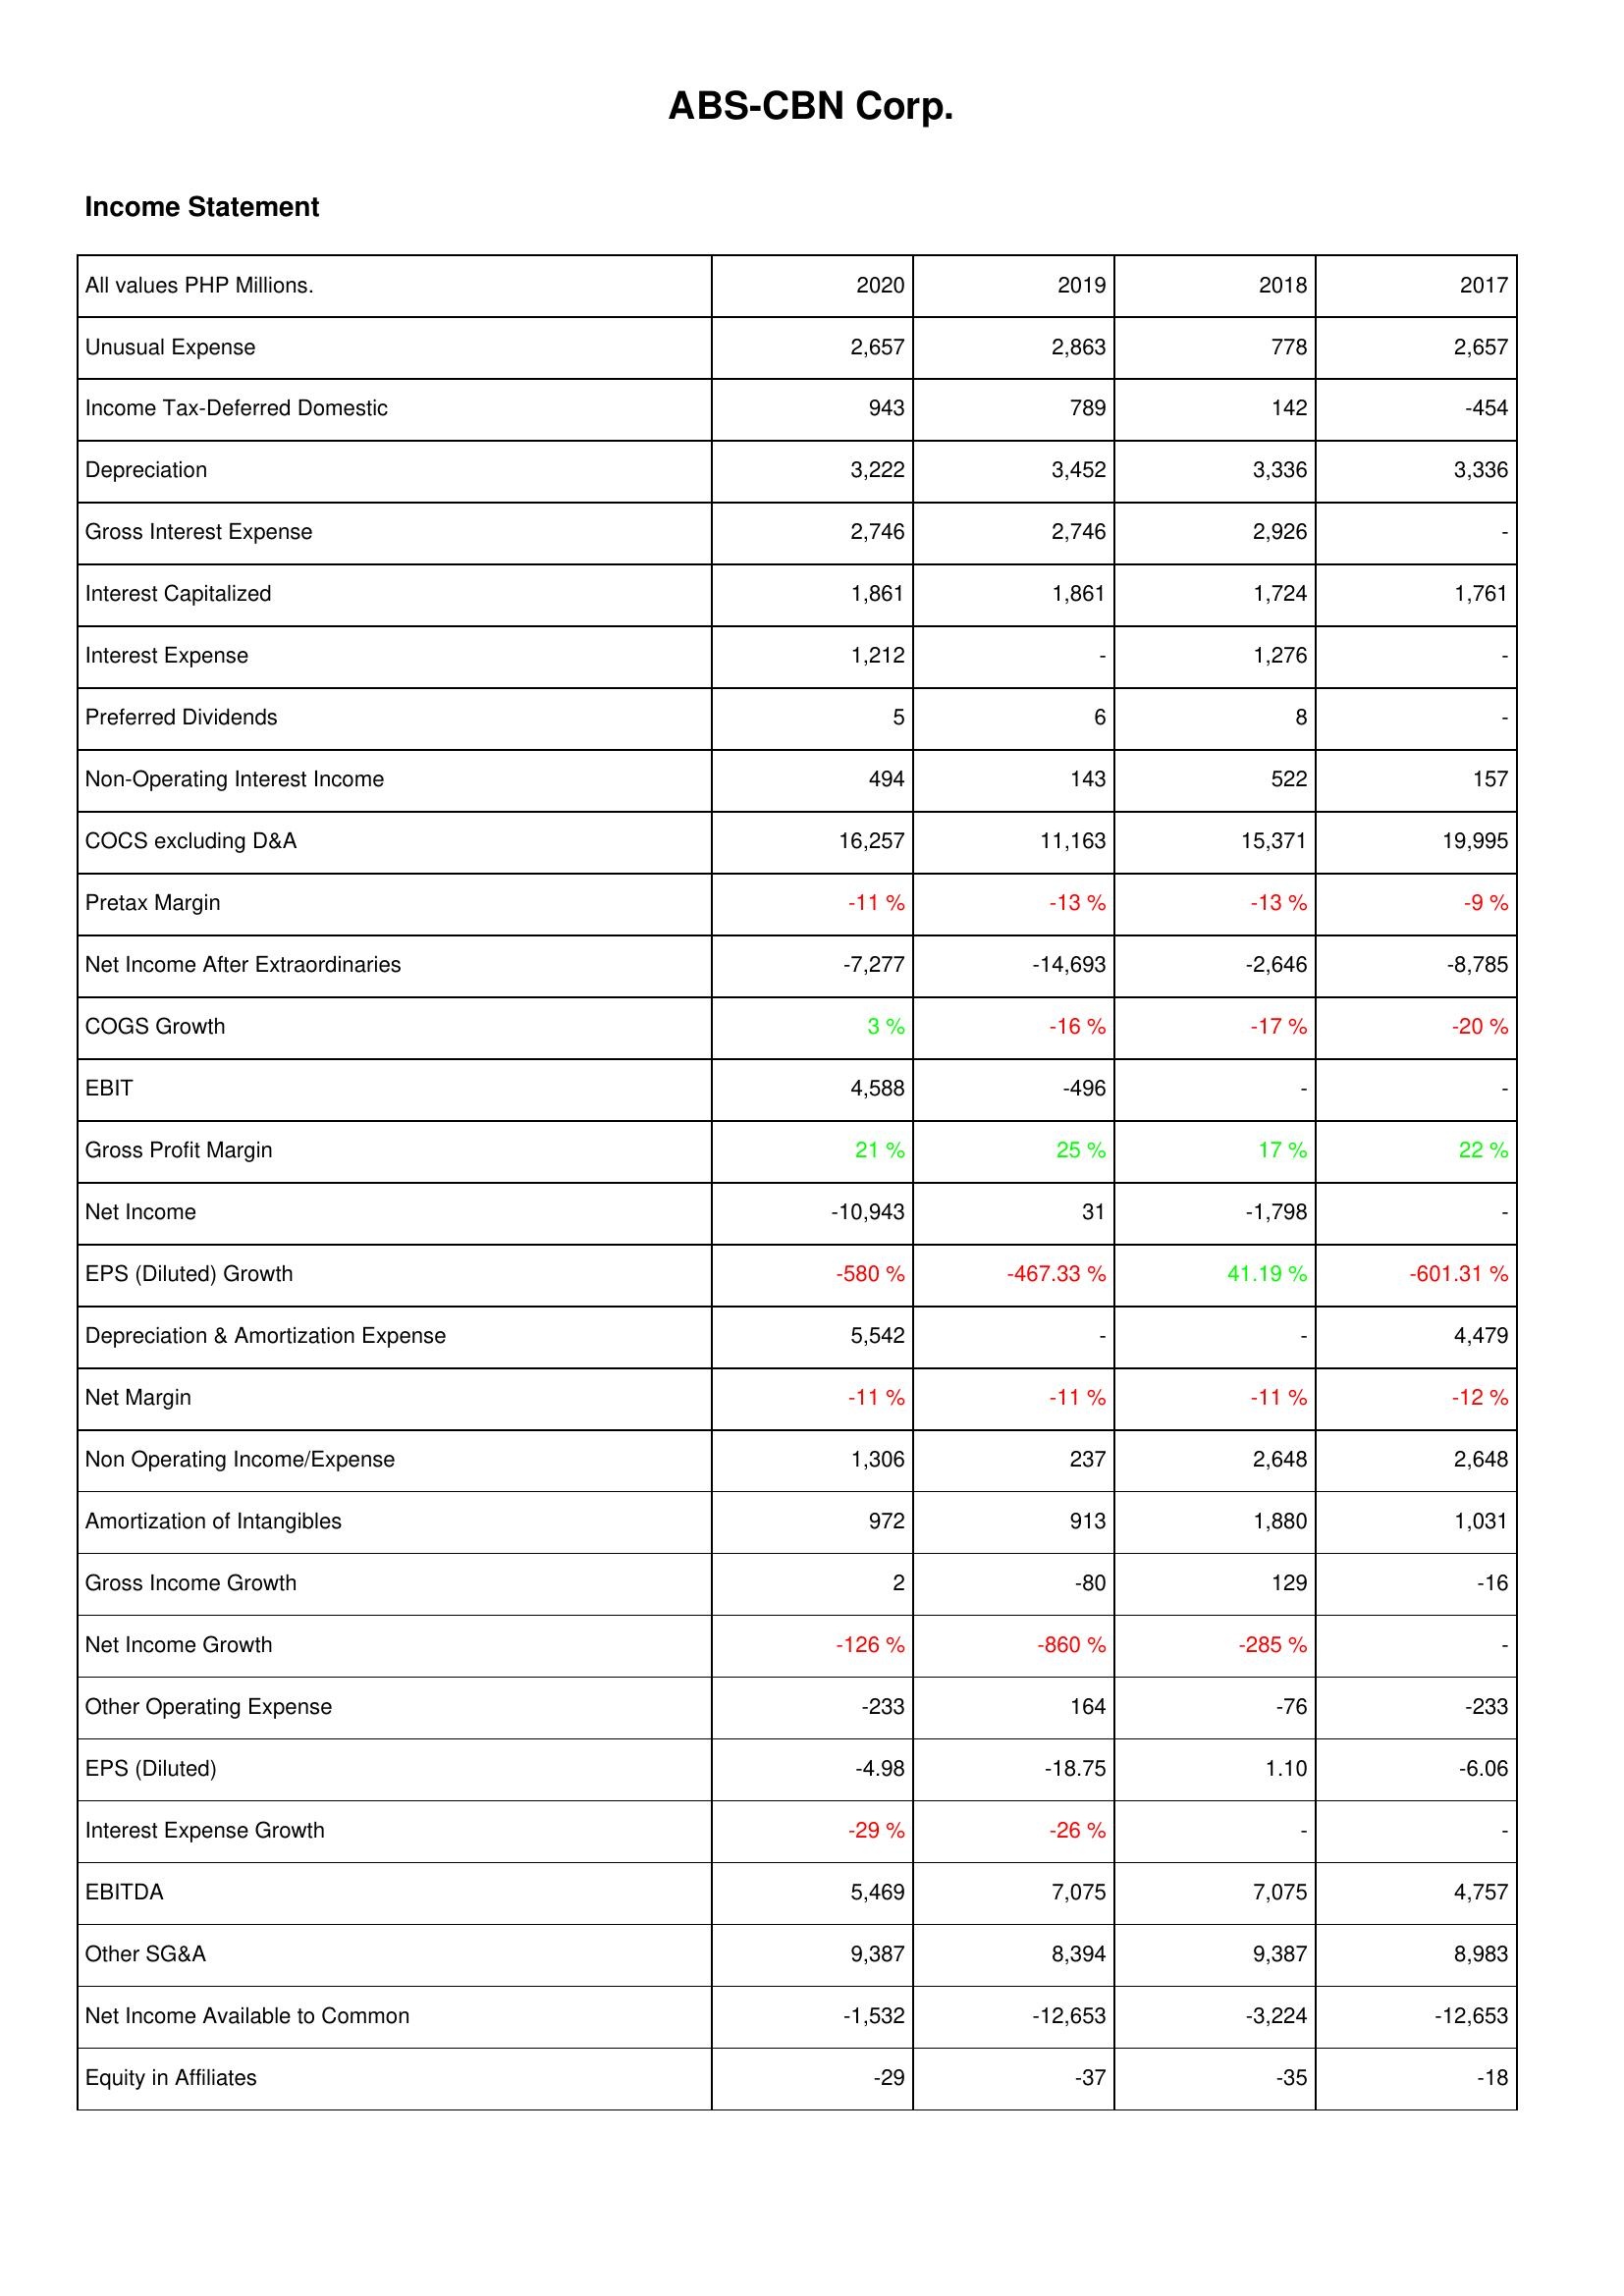
2020: Income Statement: Unusual Expense: 2,657
Income Tax-Deferred Domestic: 943
Depreciation: 3,222
Gross Interest Expense: 2,746
Interest Capitalized: 1,861
Interest Expense: 1,212
Preferred Dividends: 5
Non-Operating Interest Income: 494
COCS excluding D&A: 16,257
Pretax Margin: -11 %
Net Income After Extraordinaries: -7,277
COGS Growth: 3 %
EBIT: 4,588
Gross Profit Margin: 21 %
Net Income: -10,943
EPS (Diluted) Growth: -580 %
Depreciation & Amortization Expense: 5,542
Net Margin: -11 %
Non Operating Income/Expense: 1,306
Amortization of Intangibles: 972
Gross Income Growth: 2
Net Income Growth: -126 %
Other Operating Expense: -233
EPS (Diluted): -4.98
Interest Expense Growth: -29 %
EBITDA: 5,469
Other SG&A: 9,387
Net Income Available to Common: -1,532
Equity in Affiliates: -29
2019: Income Statement: Unusual Expense: 2,863
Income Tax-Deferred Domestic: 789
Depreciation: 3,452
Gross Interest Expense: 2,746
Interest Capitalized: 1,861
Interest Expense: -
Preferred Dividends: 6
Non-Operating Interest Income: 143
COCS excluding D&A: 11,163
Pretax Margin: -13 %
Net Income After Extraordinaries: -14,693
COGS Growth: -16 %
EBIT: -496
Gross Profit Margin: 25 %
Net Income: 31
EPS (Diluted) Growth: -467.33 %
Depreciation & Amortization Expense: -
Net Margin: -11 %
Non Operating Income/Expense: 237
Amortization of Intangibles: 913
Gross Income Growth: -80
Net Income Growth: -860 %
Other Operating Expense: 164
EPS (Diluted): -18.75
Interest Expense Growth: -26 %
EBITDA: 7,075
Other SG&A: 8,394
Net Income Available to Common: -12,653
Equity in Affiliates: -37
2018: Income Statement: Unusual Expense: 778
Income Tax-Deferred Domestic: 142
Depreciation: 3,336
Gross Interest Expense: 2,926
Interest Capitalized: 1,724
Interest Expense: 1,276
Preferred Dividends: 8
Non-Operating Interest Income: 522
COCS excluding D&A: 15,371
Pretax Margin: -13 %
Net Income After Extraordinaries: -2,646
COGS Growth: -17 %
EBIT: -
Gross Profit Margin: 17 %
Net Income: -1,798
EPS (Diluted) Growth: 41.19 %
Depreciation & Amortization Expense: -
Net Margin: -11 %
Non Operating Income/Expense: 2,648
Amortization of Intangibles: 1,880
Gross Income Growth: 129
Net Income Growth: -285 %
Other Operating Expense: -76
EPS (Diluted): 1.10
Interest Expense Growth: -
EBITDA: 7,075
Other SG&A: 9,387
Net Income Available to Common: -3,224
Equity in Affiliates: -35
2017: Income Statement: Unusual Expense: 2,657
Income Tax-Deferred Domestic: -454
Depreciation: 3,336
Gross Interest Expense: -
Interest Capitalized: 1,761
Interest Expense: -
Preferred Dividends: -
Non-Operating Interest Income: 157
COCS excluding D&A: 19,995
Pretax Margin: -9 %
Net Income After Extraordinaries: -8,785
COGS Growth: -20 %
EBIT: -
Gross Profit Margin: 22 %
Net Income: -
EPS (Diluted) Growth: -601.31 %
Depreciation & Amortization Expense: 4,479
Net Margin: -12 %
Non Operating Income/Expense: 2,648
Amortization of Intangibles: 1,031
Gross Income Growth: -16
Net Income Growth: -
Other Operating Expense: -233
EPS (Diluted): -6.06
Interest Expense Growth: -
EBITDA: 4,757
Other SG&A: 8,983
Net Income Available to Common: -12,653
Equity in Affiliates: -18